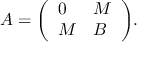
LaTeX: A = { \left( \begin{array} { l l } { 0 } & { M } \\ { M } & { B } \end{array} \right) } { \mathrm { . } }